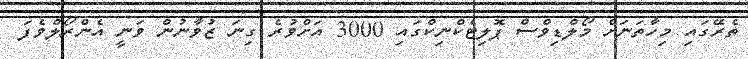
ތެރޭގައި މިހާތަނަށް މޯލްޑިވްސް ޕޮލިޓެކްނިކްގައި 3000 އަށްވުރެ ގިނަ ޒުވާނުން ވަނީ އެންރޯލްވެފަ